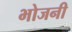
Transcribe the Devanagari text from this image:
भोजनी